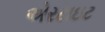
એરટાઇટ